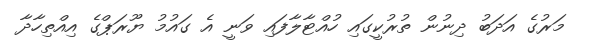
މަރުގެ އަދަބު ދިނުން ތުރުކީގައި ހުއްޓާލާފައި ވަނީ އެ ގައުމު ޔޫރަޕްގެ އިއްތިހާދާ